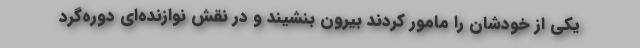
یکی از خودشان را مامور کردند بیرون بنشیند و در نقش نوازنده‌ای دوره‌گرد